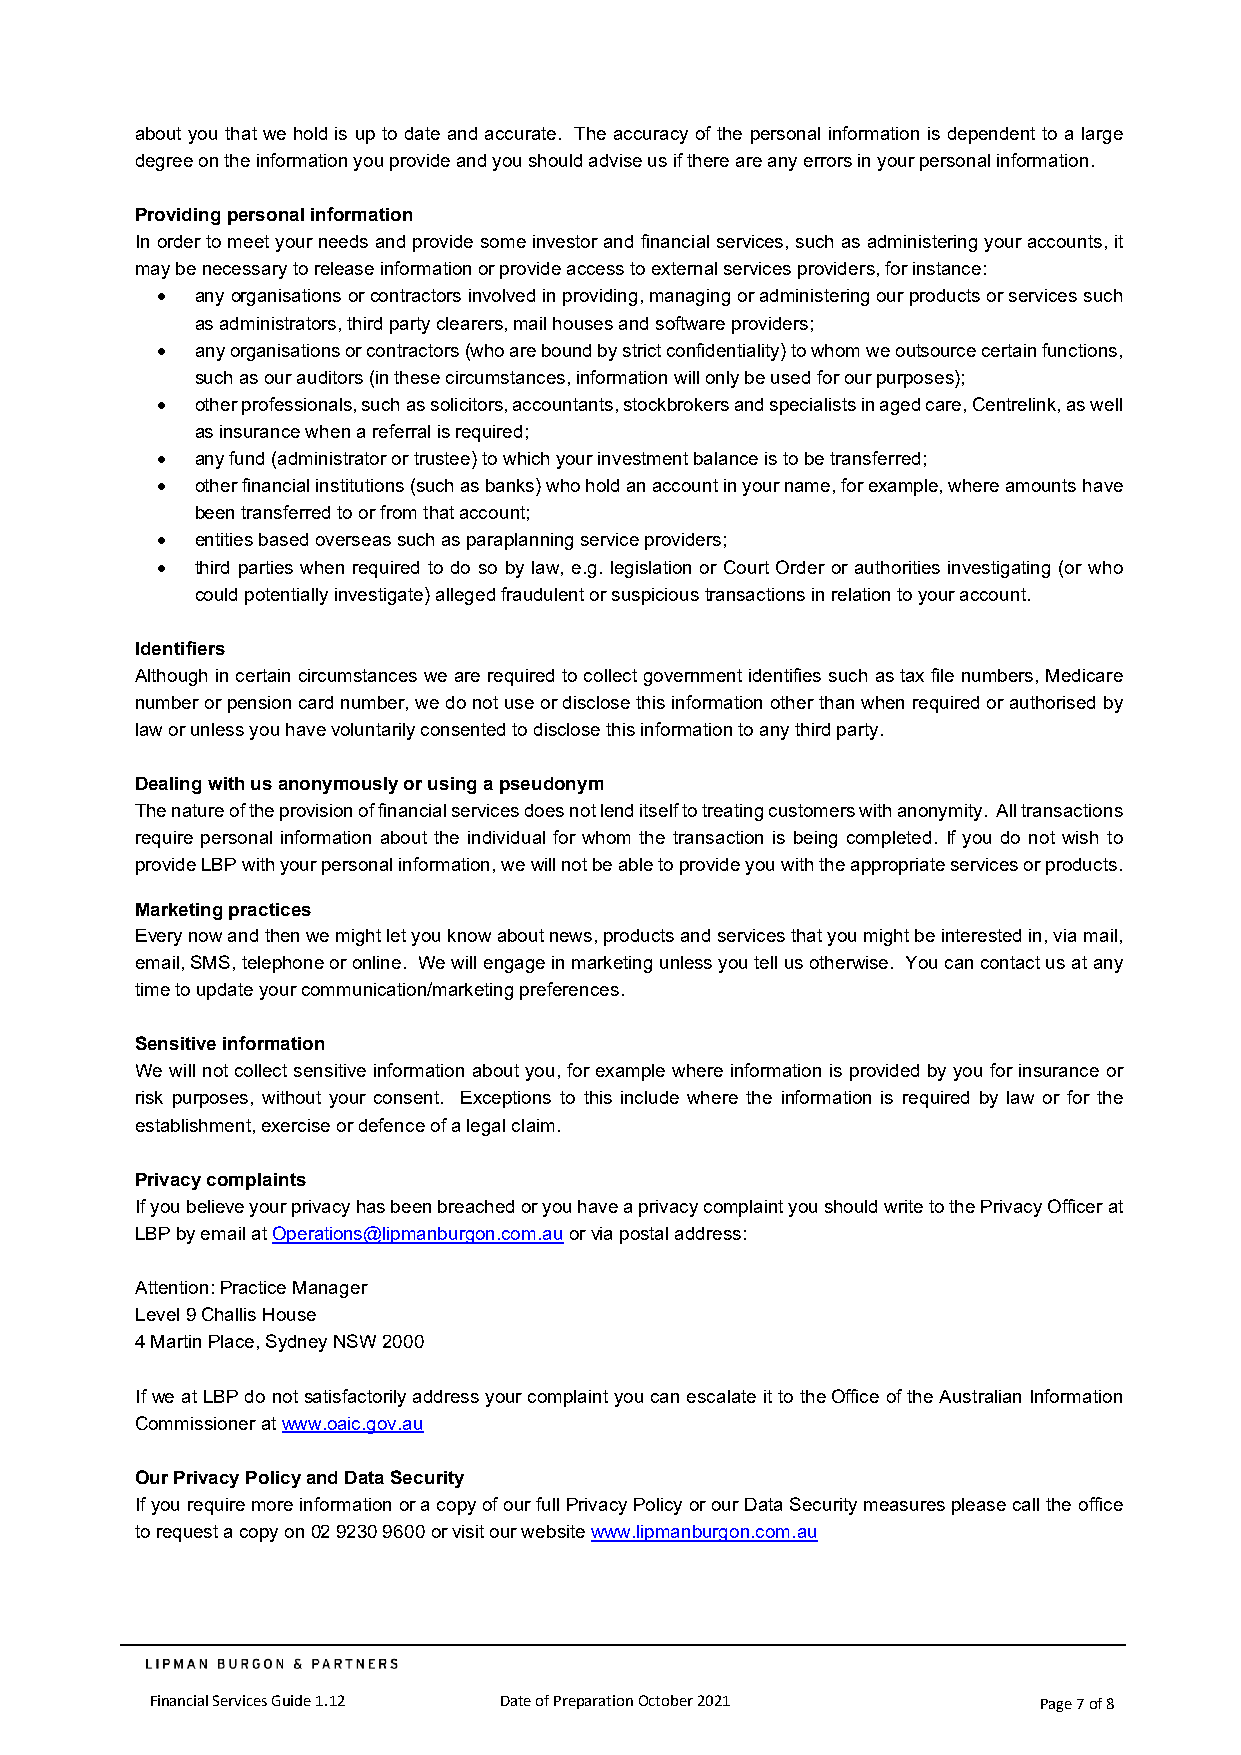
about you that we hold is up to date and accurate. The accuracy of the personal information is dependent to a large
 degree on the information you provide and you should advise us if there are any errors in your personal information.
 Providing personal information
 In order to meet your needs and provide some investor and financial services, such as administering your accounts, it
 may be necessary to release information or provide access to external services providers, for instance:
 •  any organisations or contractors involved in providing, managing or administering our products or services such
 as administrators, third party clearers, mail houses and software providers;
 •  any organisations or contractors (who are bound by strict confidentiality) to whom we outsource certain functions,
 such as our auditors (in these circumstances, information will only be used for our purposes);
 •  other professionals, such as solicitors, accountants, stockbrokers and specialists in aged care, Centrelink, as well
 as insurance when a referral is required;
 •  any fund (administrator or trustee) to which your investment balance is to be transferred;
 •  other financial institutions (such as banks) who hold an account in your name, for example, where amounts have
 been transferred to or from that account;
 •  entities based overseas such as paraplanning service providers;
 •  third parties when required to do so by law, e.g. legislation or Court Order or authorities investigating (or who
 could potentially investigate) alleged fraudulent or suspicious transactions in relation to your account.
 Identifiers
 Although in certain circumstances we are required to collect government identifies such as tax file numbers, Medicare
 number or pension card number, we do not use or disclose this information other than when required or authorised by
 law or unless you have voluntarily consented to disclose this information to any third party.
 Dealing with us anonymously or using a pseudonym
 The nature of the provision of financial services does not lend itself to treating customers with anonymity. All transactions
 require personal information about the individual for whom the transaction is being completed. If you do not wish to
 provide LBP with your personal information, we will not be able to provide you with the appropriate services or products.
 Marketing practices
 Every now and then we might let you know about news, products and services that you might be interested in, via mail,
 email, SMS, telephone or online. We will engage in marketing unless you tell us otherwise. You can contact us at any
 time to update your communication/marketing preferences.
 Sensitive information
 We will not collect sensitive information about you, for example where information is provided by you for insurance or
 risk purposes, without your consent. Exceptions to this include where the information is required by law or for the
 establishment, exercise or defence of a legal claim.
 Privacy complaints
 If you believe your privacy has been breached or you have a privacy complaint you should write to the Privacy Officer at
 LBP by email at Operations@lipmanburgon.com.au or via postal address:
 Attention: Practice Manager
 Level 9 Challis House
 4 Martin Place, Sydney NSW 2000
 If we at LBP do not satisfactorily address your complaint you can escalate it to the Office of the Australian Information
 Commissioner at www.oaic.gov.au
 Our Privacy Policy and Data Security
 If you require more information or a copy of our full Privacy Policy or our Data Security measures please call the office
 to request a copy on 02 9230 9600 or visit our website www.lipmanburgon.com.au
 Financial Services Guide 1.12 Date of Preparation October 2021 Page 7 of 8